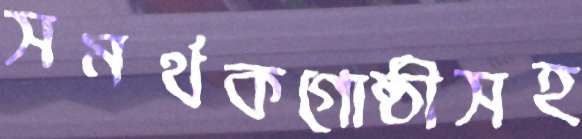
সমর্থকগোষ্ঠীসহ